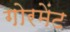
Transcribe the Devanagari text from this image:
गोरमेंट